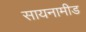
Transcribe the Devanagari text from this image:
सायनामीड